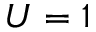
U = 1